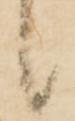
候